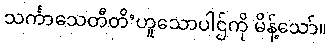
သင်္ကာသေတီတိ’ဟူသောပါဌ်ကို မိန့်သော်။